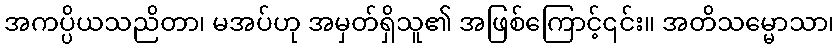
အကပ္ပိယသညိတာ၊ မအပ်ဟု အမှတ်ရှိသူ၏ အဖြစ်ကြောင့်၎င်း။ အတိသမ္မောသာ၊